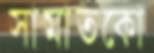
সামাতকো